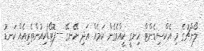
ލޯންޗުގެ މި އެކްސިޑެންޓް ހިނގީ ކީއްވެގެން ކަމެއް އަދި ނޭނގޭ --ފޮޓޯ/ކިއުންތެރިއެއް ކަނޑު